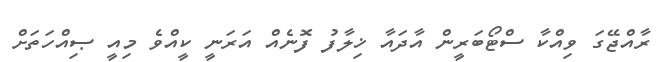
ރާއްޖޭގަ ވިއްކާ ސްޓޯބަރީން އާދައާ ޚިލާފު ފޮނެއް އަރަނީ ކީއްވެ މިއީ ޞިއްހަތަށް